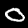
Label: 0